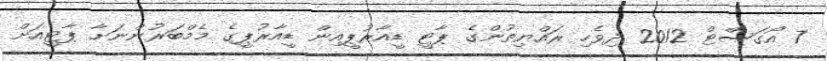
7 އޯގަސްޓް 2012 ދިވެހި ރައްޔިތުންގެ ޕާޓީ ޑީއާރުޕީއިން ޑީއާރުޕީގެ މެމްބަރުންނަށާ ޕާޓީއަށް